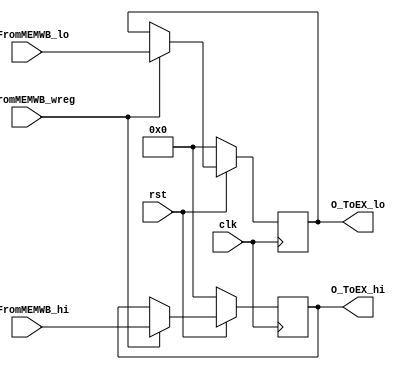
`timescale 1ns / 1ps
//////////////////////////////////////////////////////////////////////////////////
// Company: 
// Engineer: 
// 
// Design Name: 
// Module Name: HILO
// Project Name: 
// Target Devices: 
// Tool Versions: 
// Description: 
// 
// Dependencies: 
// 
// Revision:
// Revision 0.01 - File Created
// Additional Comments:
// 
//////////////////////////////////////////////////////////////////////////////////
//

module HILO(
    input clk,
    input rst,
    input wire I_FromMEMWB_wreg,//HILO
    input wire [31:0] I_FromMEMWB_hi,//hi
    input wire [31:0] I_FromMEMWB_lo,//lo
    output reg [31:0] O_ToEX_hi,//EXhi
    output reg [31:0] O_ToEX_lo//EXlo
);
//HILO
always @(posedge clk) begin
    if(rst == 1'b0) begin
        O_ToEX_hi<=32'b0;
        O_ToEX_lo<=32'b0;
    end else if (I_FromMEMWB_wreg==1'b1) begin
        O_ToEX_hi<=I_FromMEMWB_hi;
        O_ToEX_lo<=I_FromMEMWB_lo;
    end
end
    
endmodule